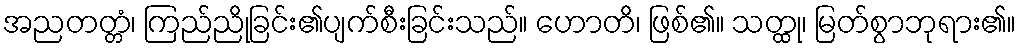
အညတတ္တံ၊ ကြည်ညိုခြင်း၏ပျက်စီးခြင်းသည်။ ဟောတိ၊ ဖြစ်၏။ သတ္ထု၊ မြတ်စွာဘုရား၏။